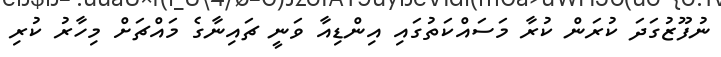
ނުފޫޒުގަދަ ކުރަން ކުރާ މަސައްކަތުގައި އިންޑިއާ ވަނީ ޗައިނާގެ މައްޗަށް މިހާރު ކުރި